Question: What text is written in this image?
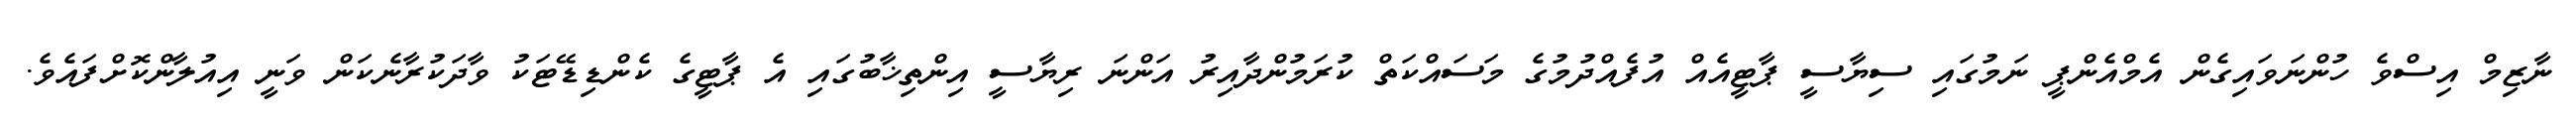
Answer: ނާޒިމް އިސްވެ ހުންނަވައިގެން އެމްއެންޕީ ނަމުގައި ސިޔާސީ ޕާޓީއެއް އުފެއްދުމުގެ މަސައްކަތް ކުރަމުންދާއިރު އަންނަ ރިޔާސީ އިންތިޚާބުގައި އެ ޕާޓީގެ ކެންޑިޑޭޓަކު ވާދަކުރާނެކަން ވަނީ އިއުލާންކޮށްފައެވެ.